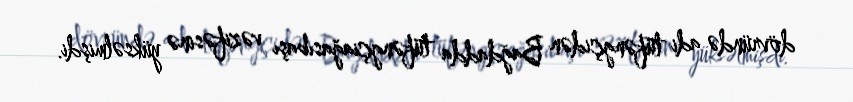
dövründə adi tüfəngçidən Bağdadda tüfəngçiağasıbaşı vəzifəsinə yüksəlmişdi.